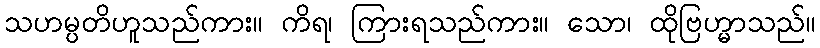
သဟမ္ပတိဟူသည်ကား။ ကိရ၊ ကြားရသည်ကား။ သော၊ ထိုဗြဟ္မာသည်။